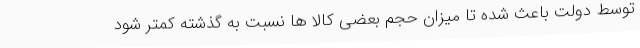
توسط دولت باعث شده تا میزان حجم بعضی کالا ها نسبت به گذشته کمتر شود